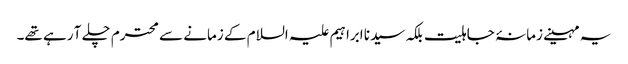
یہ مہینے زمانۂ جاہلیت بلکہ سیدنا ابراہیم علیہ السلام کے زمانے سے محترم چلے آ رہے تھے۔